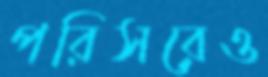
পরিসরেও